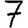
Digit: 7